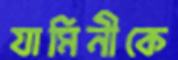
যামিনীকে